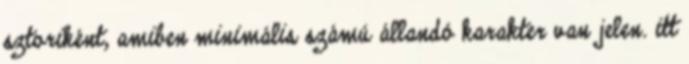
sztoriként, amiben minimális számú állandó karakter van jelen. itt